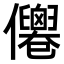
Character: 𠑗